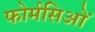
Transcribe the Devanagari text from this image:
फोर्मसिओं